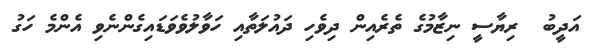
އަދީބު  ރިޔާސީ ނިޒާމުގެ ތެރެއިން ދިވެހި ދައުލަތާއި ހަވާލުވެވަޑައިގެންނެވި އެންމެ ހަގު